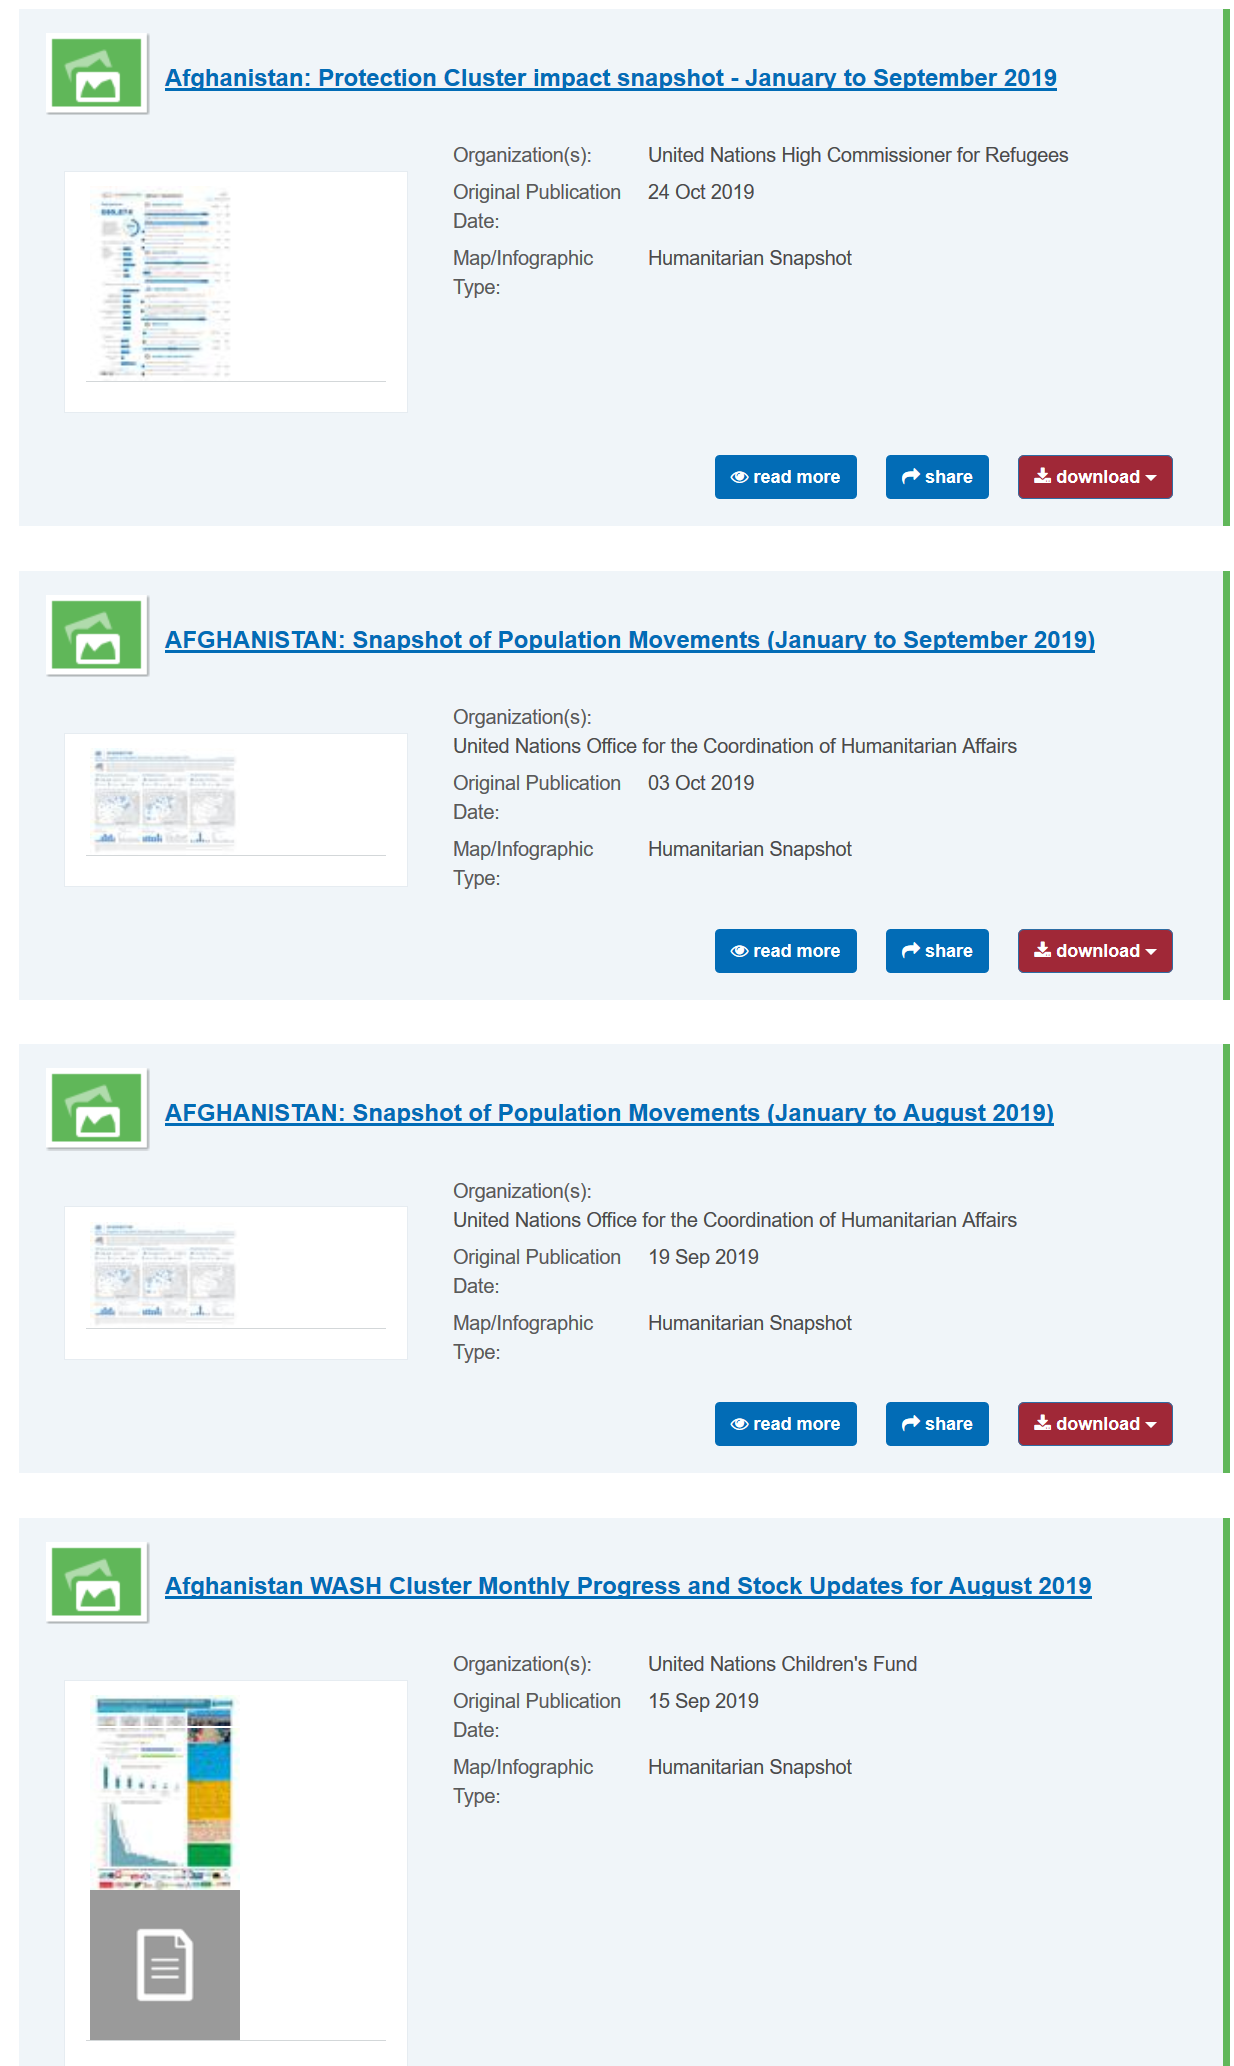
Afghanistan: Protection Cluster impact snapshot - January to September 2019
     AFGHANISTAN:  Snapshot of Population Movements (January to August 2019)
     AFGHANISTAN: Snapshot of Population Movements (January to September 2019
     Organization(s):
     Original Publication
     Date:
     Map/Infographic
     Type:
     United Nations High Commissioner for Refugees
     24 Oct 2019
     Humanitarian Snapshot

     LB
     di
     |
     |
     Tn)
     Afghanistan WASH Cluster Monthly Progress and Stock Updates for August 2019
     Original Publication
     Date:
     Map/Infographic
     Type:
     Humanitarian Snapshot
     Organization(s):
     United Nations Office for the Coordination of Humanitarian Affairs
     03 Oct 2019
     Organization(s):
     Original Publication
     Date:
     Map/Infographic
     Type:
     United Nations Office for the Coordination of Humanitarian Affairs
     19 Sep 2019
     Humanitarian Snapshot
     Organization(s):
     Original Publication
     Date:
     Map/Infographic
     Type:
     Humanitarian Snapshot
     15 Sep 2019
     United Nations Children's Fund
     share
     download Pre:
     BaF 1 a)